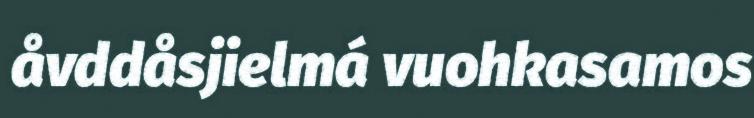
åvddåsjielmá vuohkasamos